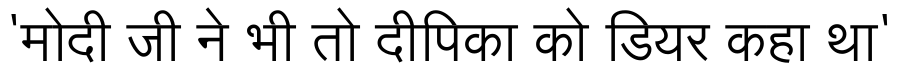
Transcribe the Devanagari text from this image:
'मोदी जी ने भी तो दीपिका को डियर कहा था'